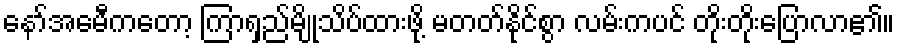
နော်အေမီကတော့ ကြာရှည်မျိုသိပ်ထားဖို့ မတတ်နိုင်စွာ လမ်းကပင် တိုးတိုးပြောလာ၏။